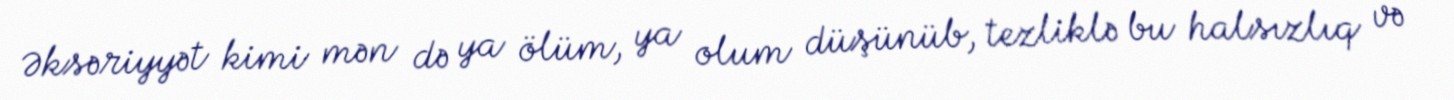
Əksəriyyət kimi mən də ya ölüm, ya olum düşünüb, tezliklə bu halsızlıq və